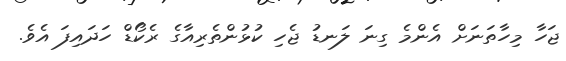
ޖަހާ މިހާތަނަށް އެންމެ ގިނަ ލަނޑު ޖެހި ކުޅުންތެރިއާގެ ރެކޯޑް ހަދައިފަ އެވެ.